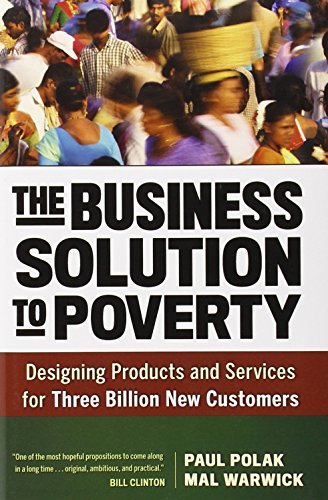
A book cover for The Business Solution to Poverty: Designing Products and Services for Three Billion New Customers; Paul Polak; Business & Money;